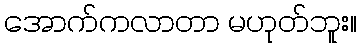
အောက်ကလာတာ မဟုတ်ဘူး။